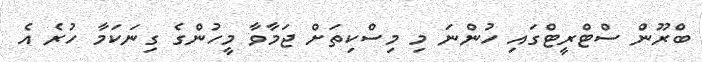
ބްރޫން ސްޓްރީޓްގައި ހުންނަ މި މިސްކިތަށް ޖަމާވާ މީހުންގެ ގިނަކަމާ ހުރެ އެ